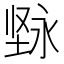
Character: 𱗓